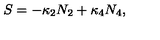
S = - \kappa _ { 2 } N _ { 2 } + \kappa _ { 4 } N _ { 4 } ,